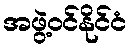
အဖွဲ့ဝင်နိုင်ငံ